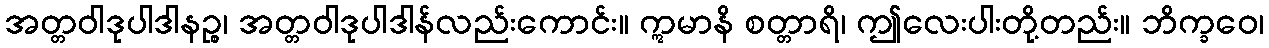
အတ္တဝါဒုပါဒါနဉ္စ၊ အတ္တဝါဒုပါဒါန်လည်းကောင်း။ ဣမာနိ စတ္တာရိ၊ ဤလေးပါးတို့တည်း။ ဘိက္ခဝေ၊